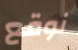
نوقع